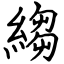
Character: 縐